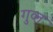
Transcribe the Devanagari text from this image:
गुव्त